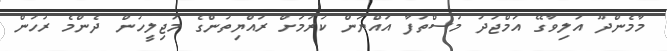
މާމެންދޫ އަލިވާގޭ އަމްޖަދު މުސްތަފާ އައްޔަން ކުރުމަށް ރައްޔިތުންގެ މަޖިލީހުން ދެންމެ ރުހުން